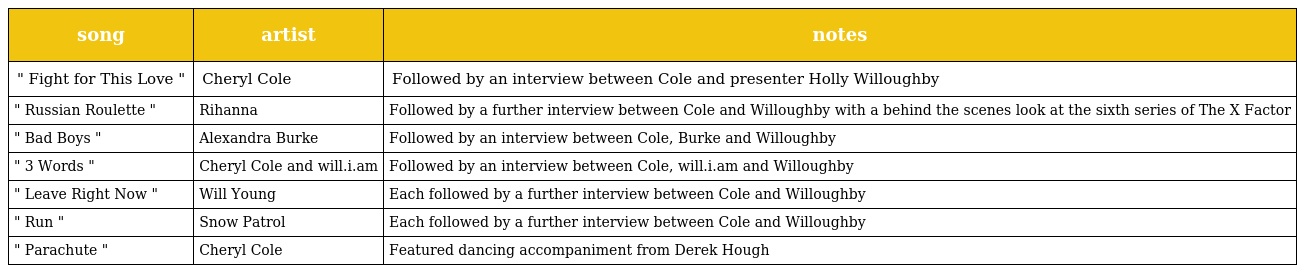
| song | artist | notes |
 | --- | --- | --- |
 | " Fight for This Love " | Cheryl Cole | Followed by an interview between Cole and presenter Holly Willoughby |
 | " Russian Roulette " | Rihanna | Followed by a further interview between Cole and Willoughby with a behind the scenes look at the sixth series of The X Factor |
 | " Bad Boys " | Alexandra Burke | Followed by an interview between Cole, Burke and Willoughby |
 | " 3 Words " | Cheryl Cole and will.i.am | Followed by an interview between Cole, will.i.am and Willoughby |
 | " Leave Right Now " | Will Young | Each followed by a further interview between Cole and Willoughby |
 | " Run " | Snow Patrol | Each followed by a further interview between Cole and Willoughby |
 | " Parachute " | Cheryl Cole | Featured dancing accompaniment from Derek Hough |